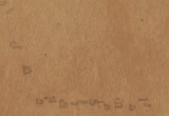
تأمين مركباتك بأفضل الأسع